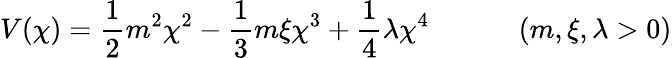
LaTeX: V(\chi)=\frac 12m^{2}\chi^{2}-\frac 13m\xi\chi^{3}+\frac 14\lambda\chi^{4}\quad\quad\quad\left(m,\xi,\lambda>0\right)